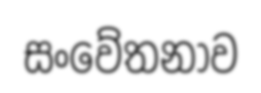
සංවේතනාව